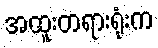
အထူးတရားရုံးက